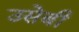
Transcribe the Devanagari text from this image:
उसेबी